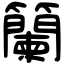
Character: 籣